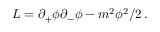
{ \cal L } = \partial _ { + } \phi \partial _ { - } \phi - m ^ { 2 } \phi ^ { 2 } / 2 \, .